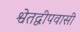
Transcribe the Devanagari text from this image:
श्वेतद्वीपवासी